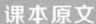
课本原文